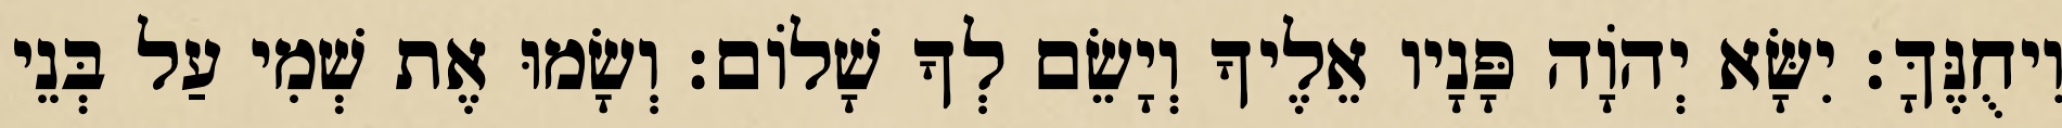
וִיחֻנֶּךָּ׃ יִשָּׂא יְהוָֹה פָּנָיו אֵלֶיךָ וְיָשֵׂם לְךָ שָׁלוֹם׃ וְשָׂמוּ אֶת שְׁמִי עַל בְּנֵי